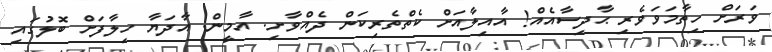
ވަރަށް ހިތާމަވަވެރި ޙާދިސާއެއް! އާއިލާއަށް ކެތްތެރިކަން ދެއްވާށި. އާމީން. އާދަޔާ ހިލާފަށް ބޮލުގައި